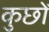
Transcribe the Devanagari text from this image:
कुछों